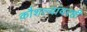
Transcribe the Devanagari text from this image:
कौशल्यांवरही